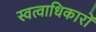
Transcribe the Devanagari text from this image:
स्वत्वाधिकारों